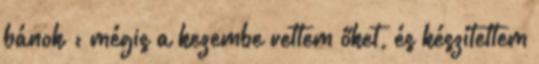
bánok : mégis a kezembe vettem őket, és készítettem